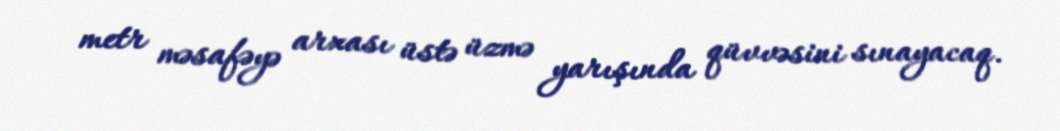
metr məsafəyə arxası üstə üzmə yarışında qüvvəsini sınayacaq.